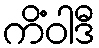
ကိံဝါဒီ